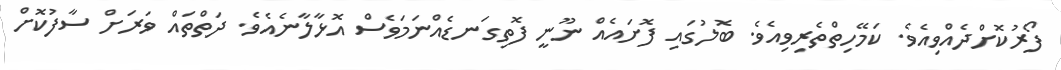
ފޯރުކޮށްދެއްވިއެވެ. ކަމޭހިތްތެރިވިއެވެ. ބޮލުގައި ފޮށައެއް ނޫނީ ފޮތިގަނޑެއްނަމަވެސް އޮޅާލާނެއެވެ. ދަތްތައް ވަރަށް ސާފުކޮށް